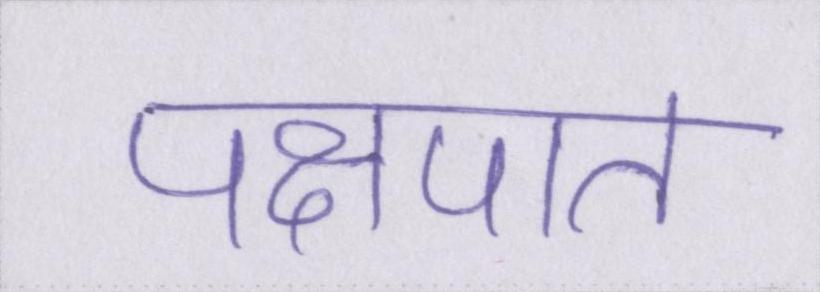
पक्षपात